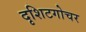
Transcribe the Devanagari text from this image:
दृशिटगोचर